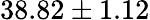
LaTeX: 38.82\pm 1.12